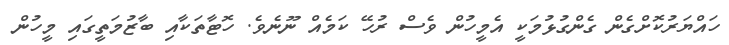
ހައްޔަރުކޮށްގެން ގެންގުޅުމަކީ އެމީހުން ވެސް ރުހޭ ކަމެއް ނޫނެވެ. ހޮޓާތަކާއި ބާޒުމަތީގައި މީހުން